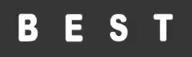
B E S T